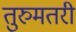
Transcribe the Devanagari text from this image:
तुरुमतरी